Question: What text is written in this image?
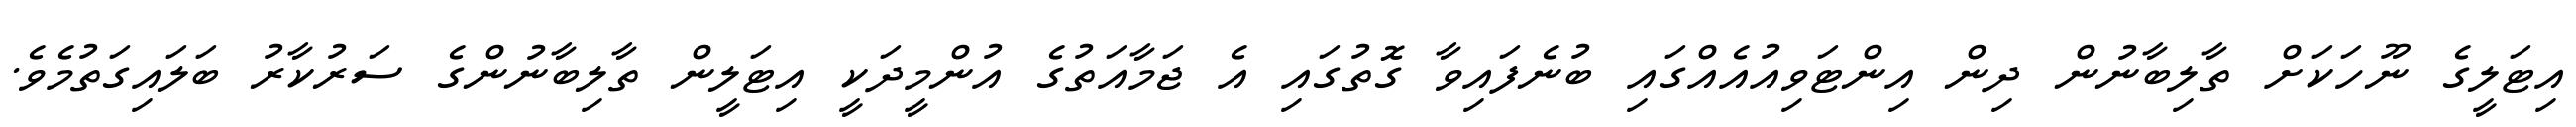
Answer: އިޓަލީގެ ނޫހަކަށް ތާލިބާނުން ދިން އިންޓަވިއުއެއްގައި ބުނެފައިވާ ގޮތުގައި އެ ޖަމާއަތުގެ އުންމީދަކީ އިޓަލީން ތާލިބާނުންގެ ސަރުކާރު ބަލައިގަތުމެވެ.